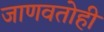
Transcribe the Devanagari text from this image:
जाणवतोही